Lunatic asylums Central Provinces reports 1886-1894 - 1886-1894
Year: 1886
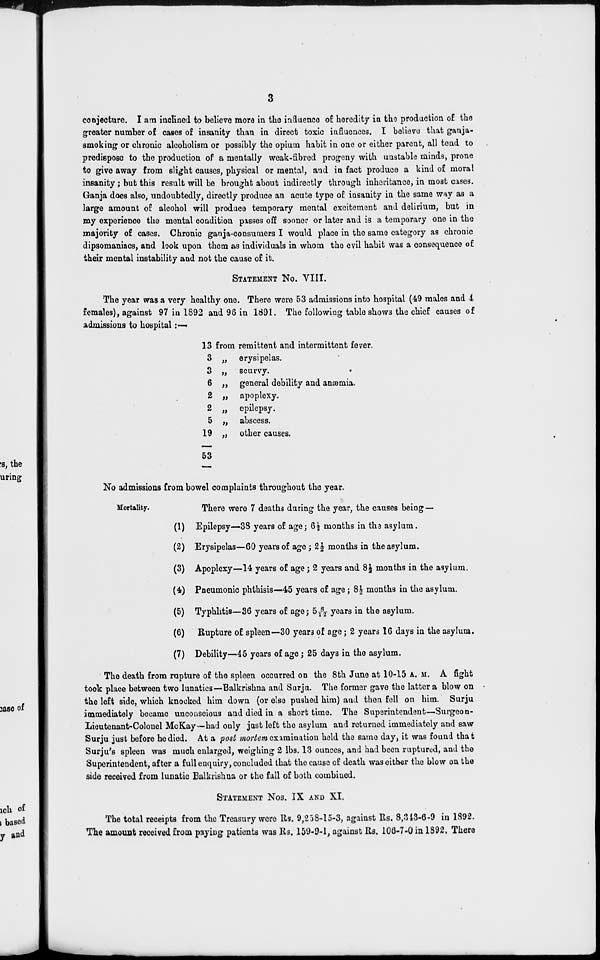
3
conjecture. I am inclined to believe more in the influence of heredity in the production of the
greater number of cases of insanity than in direct toxic influences. I believe that ganja-
smoking or chronic alcoholism or possibly the opium habit in one or either parent, all tend to
predispose to the production of a mentally weak-fibred progeny with unstable minds, prone
to give away from slight causes, physical or mental, and in fact produce a kind of moral
insanity; but this result will be brought about indirectly through inheritance, in most cases.
Ganja does also, undoubtedly, directly produce an acute type of insanity in the same way as a
large amount of alcohol will produce temporary mental excitement and delirium, but in
my experience the mental condition passes off sooner or later and is a temporary one in the
majority of cases. Chronic ganja-consumers I would place in the same category as chronic
dipsomaniacs, and look upon them as individuals in whom the evil habit was a consequence of
their mental instability and not the cause of it.
STATEMENT No. VIII.
The year was a very healthy one. There were 53 admissions into hospital (49 males and 4
females), against 97 in 1892 and 96 in 1891. The following table shows the chief causes of
admissions to hospital :—
13 from remittent and intermittent fever.
3 „ erysipelas.
3 „ scurvy.
6 „ general debility and anæmia.
2 „ apoplexy.
2 „ epilepsy.
5 „ abscess.
19 „ other causes.
53
No admissions from bowel complaints throughout the year.
Mortality.
There were 7 deaths during the year, the causes being—
(1) Epilepsy—38 years of age ; 6½ months in the asylum.
(2) Erysipelas—60 years of age; 2½ months in the asylum.
(3) Apoplexy—14 years of age; 2 years and 8½ months in the asylum.
(4) Pneumonic phthisis—45 years of age; 8½ months in the asylum.
(5) Typhlitis—36 years of age; 5 8/1 8/2 years in the asylum.
(6) Rupture of spleen—30 years of age; 2 years 16 days in the asylum.
(7) Debility—45 years of age; 25 days in the asylum.
The death from rupture of the spleen occurred on the 8th June at 10-15 A. M. A fight
took place between two lunatics—Balkrishna and Surju. The former gave the latter a blow on
the left side, which knocked him down (or else pushed him) and then fell on him. Surju
immediately became unconscious and died in a short time. The Superintendent—Surgeon-
Lieutenant-Colonel McKay—had only just left the asylum and returned immediately and saw
Surju just before he died. At a post mortem examination held the same day, it was found that
Surju's spleen was much enlarged, weighing 2 lbs. 13 ounces, and had been ruptured, and the
Superintendent, after a full enquiry, concluded that the cause of death was either the blow on the
side received from lunatic Balkrishna or the fall of both combined.
STATEMENT Nos. IX AND XI.
The total receipts from the Treasury were Rs. 9,258-15-3, against Rs. 8,343-6-9 in 1892.
The amount received from paying patients was Rs. 159-9-1, against Rs. 106-7-0 in 1892. There